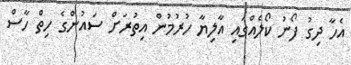
އެހާ ދިގު ފޯނު ކޯލެއްގައި އާލިޔާ ހުރުމުން އިތުރަށް ސައުންގެ ހިތް ހާސް